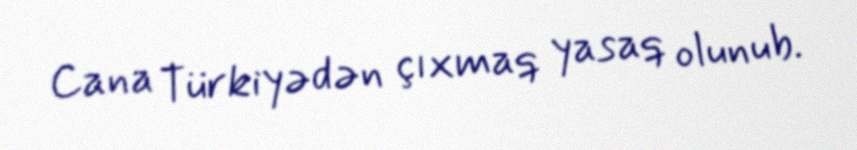
Cana Türkiyədən çıxmaq yasaq olunub.